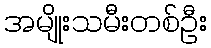
အမျိုးသမီးတစ်ဦး